Civil Veterinary Department Bihar reports 1936-40 - 1936-1940
Year: 1936
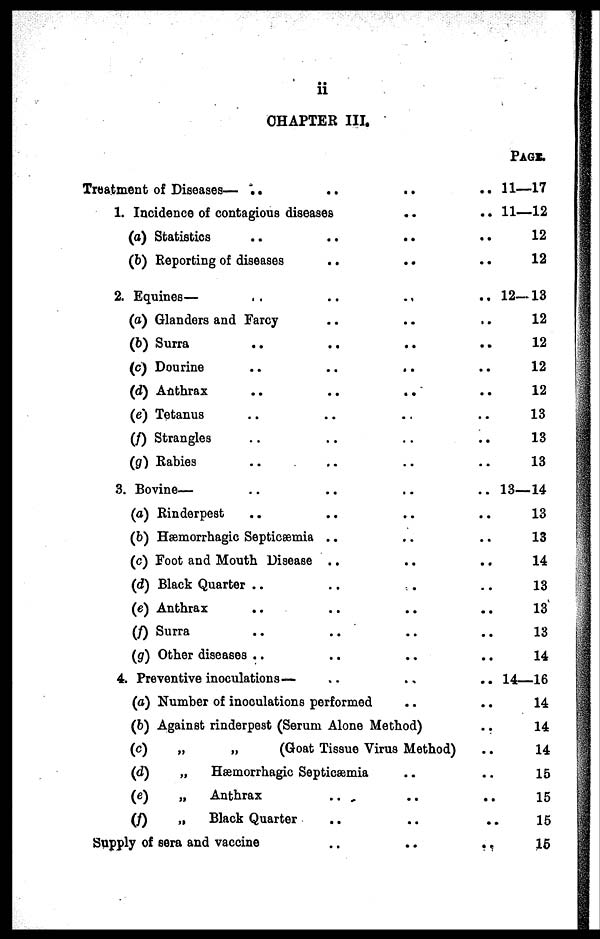
11
CHAPTER III.
Treatment of Diseases— .. .. .. ..
1. Incidence of contagious diseases .. ..
(a) Statistics .. .. .. ..
(b) Reporting of diseases .. .. ..
2. Equines— .. .. .. ..
(a) Glanders and Farcy.. .. ..
(b) Surra .. .. .. ..
(c) Dourine
..
..
..
..
(d) Anthrax .. .. .. ..
(e) Tetanus .. .. .. ..
(/) Strangles .. .. .. ..
(g) Rabies .. .. .. ..
3. Bovine— .. .. .. ..
(a) Rinderpest .. .. .. ..
(b) Hæmorrhagic Septicæmia .. .. ..
(c) Foot and Mouth Disease .. .. ..
(d) Black Quarter .. .. .. ..
(e) Anthrax .. .. .. ..
(/) Surra.. .. .. ..
(g) Other diseases .. .. .. ..
4. Preventive inoculations— .. .. ..
(a) Number of inoculations performed .. ..
(b) Against rinderpest (Serum Alone Method) ..
(c)
„
„
(Goat Tissue Virus Method) ..
(d)
„
Hæmorrhagic Septicæmia .. ..
(e)
„
Anthrax .. .. ..
(f)
„
Black Quarter .. .. ..
Supply of sera and vaccine
..
..
...
PAGE.
11—17
11—12
12
12
12—13
12
12
12
12
13
13
13
13—14
13
13
14
13
13
13
14
14—16
14
14
14
15
15
15
15